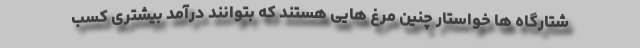
شتارگاه ها خواستار چنین مرغ هایی هستند که بتوانند درآمد بیشتری کسب